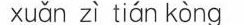
xuǎn zì tián kònc